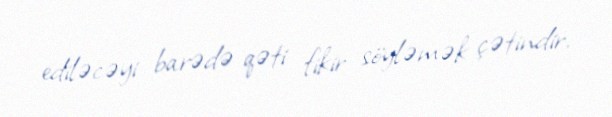
ediləcəyi barədə qəti fikir söyləmək çətindir.